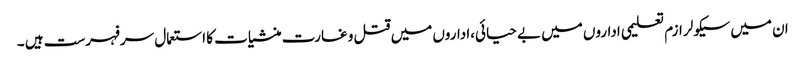
ان میں سیکولر ازم تعلیمی اداروں میں بے حیائی،اداروں میں قتل و غارت منشیات کا استعمال سرفہرست ہیں ۔